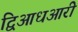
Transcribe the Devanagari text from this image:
द्विआधआरी